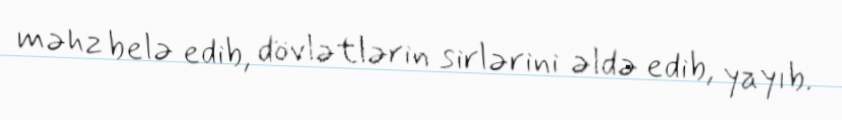
məhz belə edib, dövlətlərin sirlərini əldə edib, yayıb.